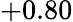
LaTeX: +0.80